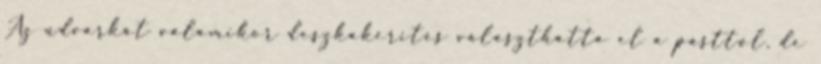
Az udvarkát valamikor deszkakerítés választhatta el a pásttól, de